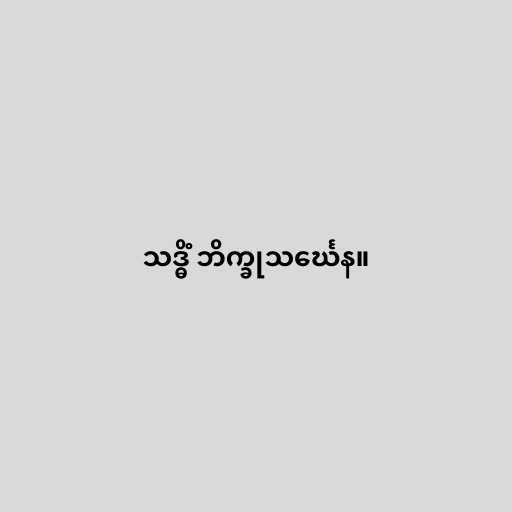
သဒ္ဓိံ ဘိက္ခုသင်္ဃေန။